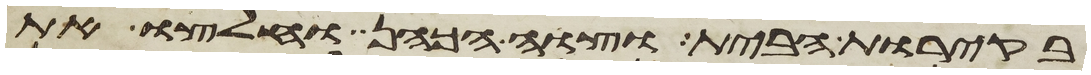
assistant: בקירות הבית וצוה הכהן וחלצו את